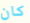
كان